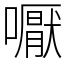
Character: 嚈